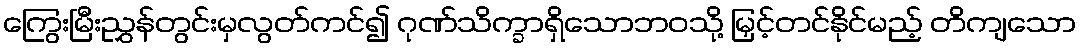
ကြွေးမြီးညွှန်တွင်းမှလွတ်ကင်၍ ဂုဏ်သိက္ခာရှိသောဘဝသို့ မြှင့်တင်နိုင်မည့် တိကျသော